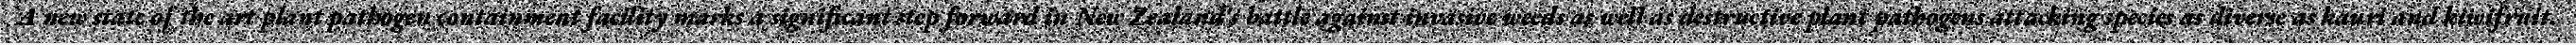
A new state of the art plant pathogen containment facility marks a significant step forward in New Zealand's battle against invasive weeds as well as destructive plant pathogens attacking species as diverse as kauri and kiwifruit.